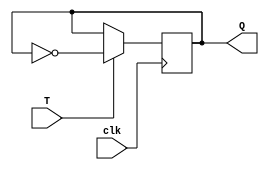
module t_ff (
    input wire T,
    input wire clk,
    output reg Q
);

always @(posedge clk) begin
    if (T == 1) begin
        Q <= ~Q; // Toggle the output Q
    end
end

endmodule